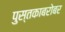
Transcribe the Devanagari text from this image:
पुस्तकाबरोबर